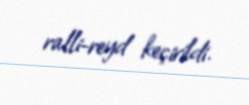
ralli-reyd keçirildi.